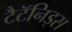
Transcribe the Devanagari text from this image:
टैटॅनिड्स